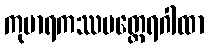
ကုမာရကဿပတ္ထေရဂါထာ